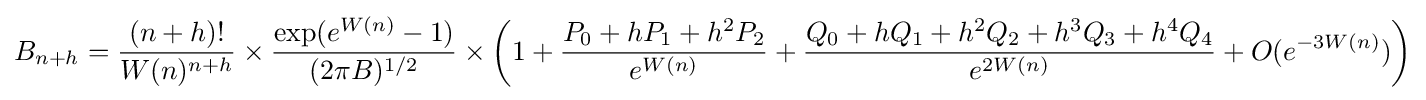
B_{n+h}={\frac {(n+h)!}{W(n)^{n+h}}}\times {\frac {\exp(e^{W(n)}-1)}{(2\pi B)^{1/2}}}\times \left(1+{\frac {P_{0}+hP_{1}+h^{2}P_{2}}{e^{W(n)}}}+{\frac {Q_{0}+hQ_{1}+h^{2}Q_{2}+h^{3}Q_{3}+h^{4}Q_{4}}{e^{2W(n)}}}+O(e^{-3W(n)})\right)